Vaccination report Assam 1874-1896 - 1874-1896
Year: 1874
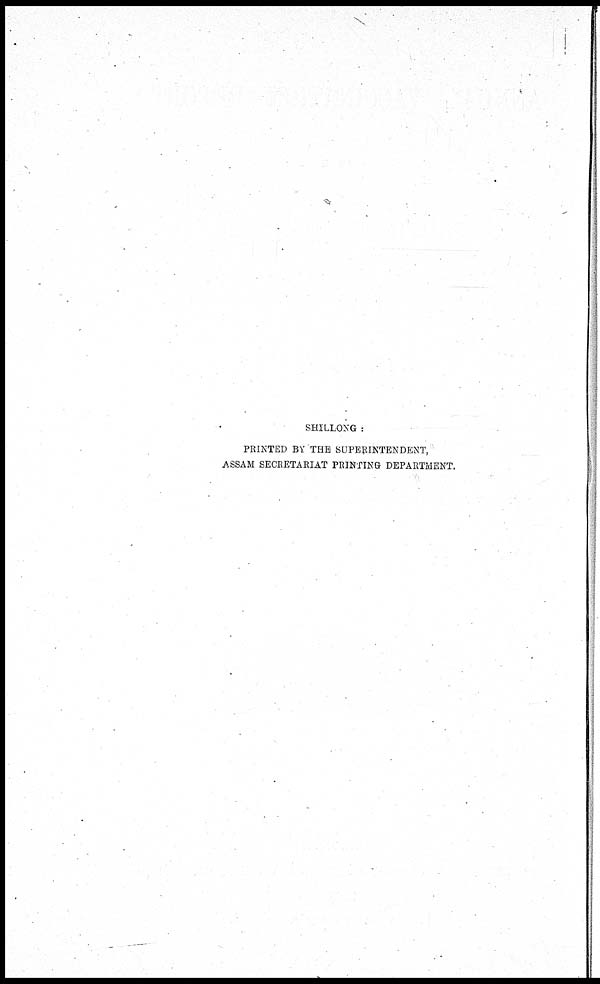
SHILLONG :
PRINTED BY THE SUPERINTENDENT,
ASSAM SECRETARIAT PRINTING DEPARTMENT.